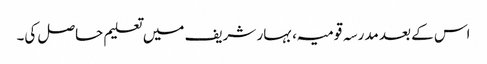
اس کے بعد مدرسہ قومیہ، بہار شریف میں تعلیم حاصل کی۔